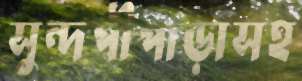
সুন্দপীপাড়াসহ